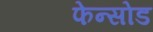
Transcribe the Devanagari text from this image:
फेन्सोड